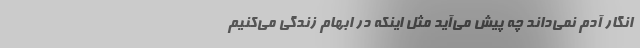
انگار آدم نمی‌داند چه پیش می‌آید مثل اینکه در ابهام زندگی می‌کنیم